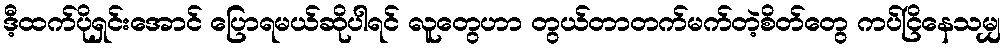
ဒီ့ထက်ပိုရှင်းအောင် ပြောရမယ်ဆိုပါရင် လူတွေဟာ တွယ်တာတက်မက်တဲ့စိတ်တွေ ကပ်ငြိနေသမျှ